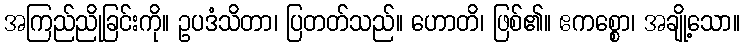
အကြည်ညိုခြင်းကို။ ဥပဒံသိတာ၊ ပြတတ်သည်။ ဟောတိ၊ ဖြစ်၏။ ဧကစ္စော၊ အချို့သော။